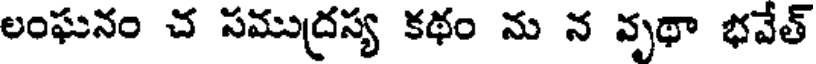
లంఘనం చ సముద్రస్య కథం ను న వృథా భవేత్